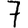
Digit: 7